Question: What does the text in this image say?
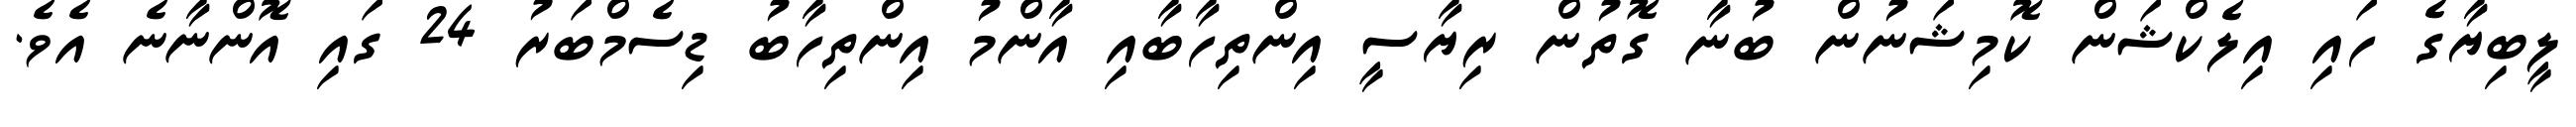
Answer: ލީބިޔާގެ ހައި އިލެކްޝަން ކޮމިޝަނުން ބުނާ ގޮތުން ރިޔާސީ އިންތިހާބާއި އާންމު އިންތިހާބު ޑިސެމްބަރު 24 ގައި އޮންނާނެ އެވެ.